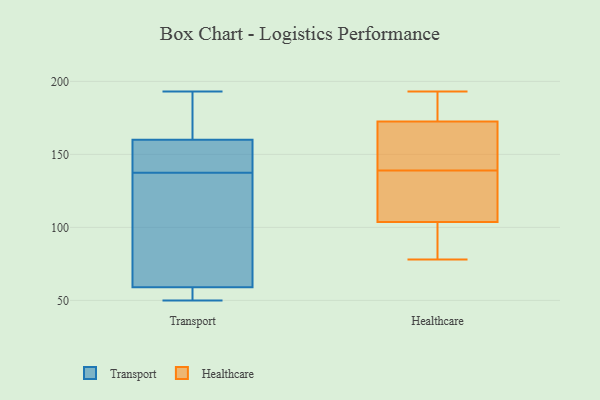
{"axis": {"x": "Shipments", "y": "Value"}, "legend": ["Healthcare", "Transport"], "data": [{"x": "", "y": 59, "type": "Transport"}, {"x": "", "y": 193, "type": "Transport"}, {"x": "", "y": 160, "type": "Transport"}, {"x": "", "y": 147, "type": "Transport"}, {"x": "", "y": 128, "type": "Transport"}, {"x": "", "y": 100, "type": "Transport"}, {"x": "", "y": 157, "type": "Transport"}, {"x": "", "y": 186, "type": "Transport"}, {"x": "", "y": 50, "type": "Transport"}, {"x": "", "y": 57, "type": "Transport"}, {"x": "", "y": 78, "type": "Healthcare"}, {"x": "", "y": 139, "type": "Healthcare"}, {"x": "", "y": 91, "type": "Healthcare"}, {"x": "", "y": 180, "type": "Healthcare"}, {"x": "", "y": 143, "type": "Healthcare"}, {"x": "", "y": 91, "type": "Healthcare"}, {"x": "", "y": 138, "type": "Healthcare"}, {"x": "", "y": 164, "type": "Healthcare"}, {"x": "", "y": 108, "type": "Healthcare"}, {"x": "", "y": 109, "type": "Healthcare"}, {"x": "", "y": 183, "type": "Healthcare"}, {"x": "", "y": 170, "type": "Healthcare"}, {"x": "", "y": 193, "type": "Healthcare"}]}